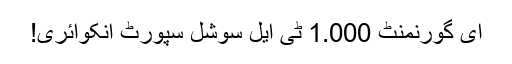
ای گورنمنٹ 1.000 ٹی ایل سوشل سپورٹ انکوائری!